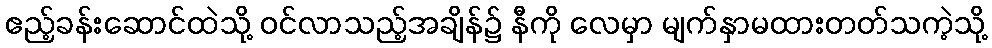
ဧည့်ခန်းဆောင်ထဲသို့ ဝင်လာသည့်အချိန်၌ နီကို လေမှာ မျက်နှာမထားတတ်သကဲ့သို့